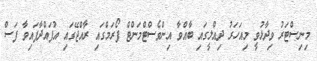
މިނިސްޓަރު ވިދާޅުވީ މިއަހަރު ދިއްލީގައި ބާއްވާ އިންވެސްޓްމަންޓް ފޯރަމްގައި ރާއްޖޭގައި އުފައްދާފައިވާ ފަސް